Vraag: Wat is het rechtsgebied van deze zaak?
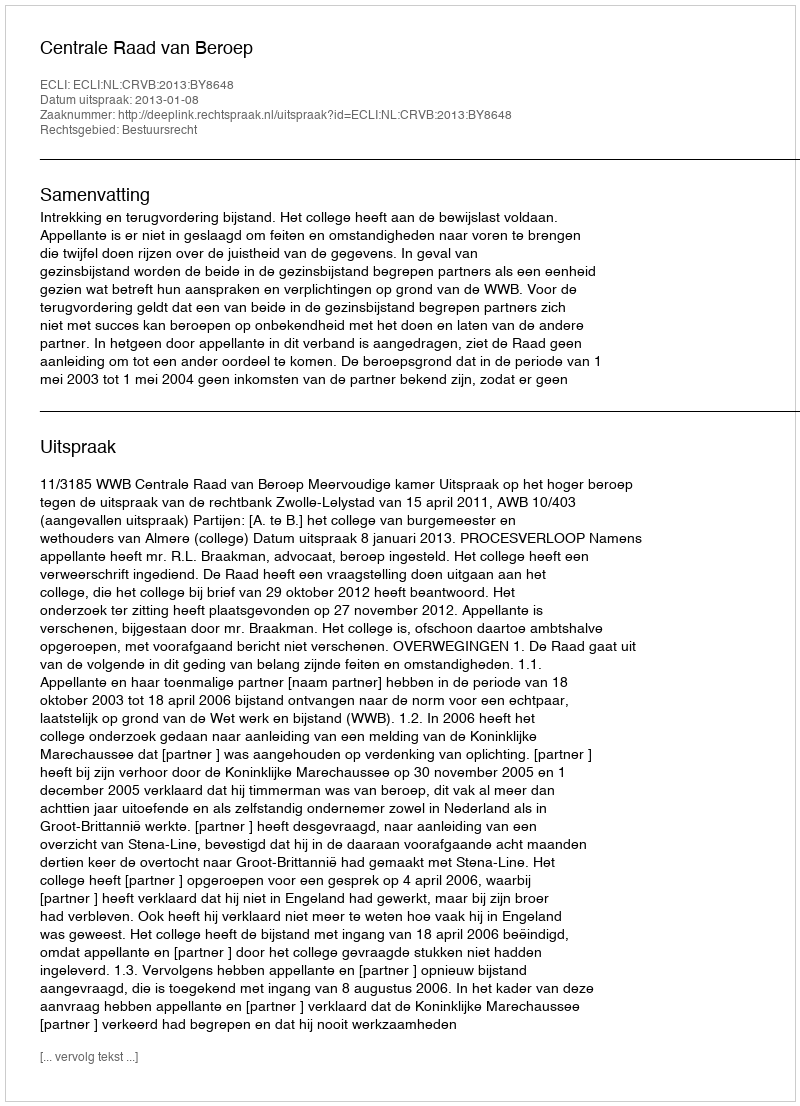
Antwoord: Bestuursrecht